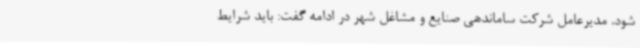
شود. مدیرعامل شرکت ساماندهی صنایع و مشاغل شهر در ادامه گفت: باید شرایط